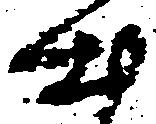
出